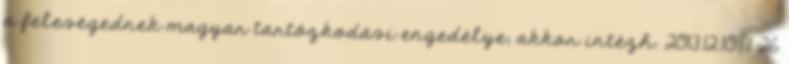
a feleségednek magyar tartózkodási engedélye, akkor intézh. 2013.12.10. 11:26